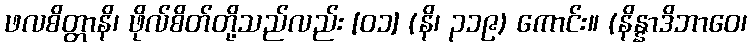
ဖလစိတ္တာနိ၊ ဖိုလ်စိတ်တို့သည်လည်း [၀၁] (နိ၊ ၃၁၉) ကောင်း။ (နိန္နာဒိဘာဝေ၊